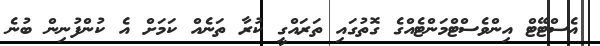
އެސްޓޭޓް އިންވެސްޓްމަންޓެއްގެ ގޮތުގައި ތަރައްގީ ކުރާ ތަނެއް ކަމަށް އެ ކުންފުނިން ބުނެ